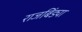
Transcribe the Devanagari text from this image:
राजबिंड्या